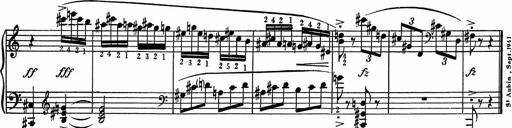
Title: 3Ã¨me Sonatine
Composer: Raffaele d' Alessandro